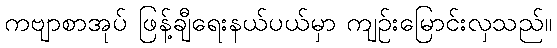
ကဗျာစာအုပ် ဖြန့်ချီရေးနယ်ပယ်မှာ ကျဉ်းမြောင်းလှသည်။